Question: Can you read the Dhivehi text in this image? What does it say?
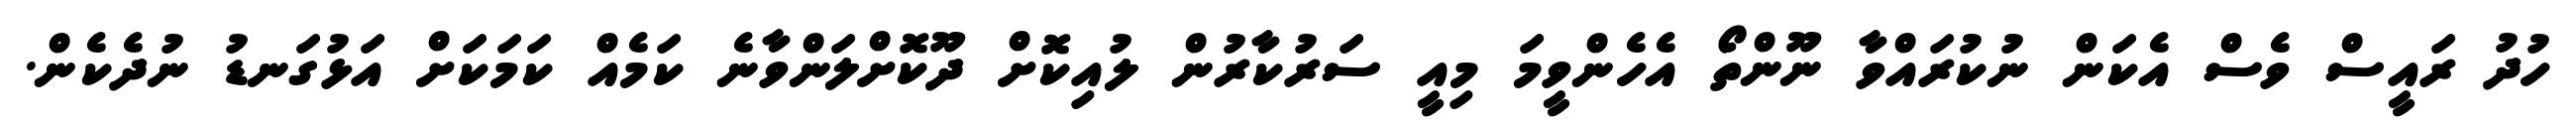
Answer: ހުދު ރައީސް ވެސް އެކަން ނުކުރައްވާ ނޫންތޯ އެހެންވީމަ މިއީ ސަރުކާރުން ލުއިކޮށް ދޫކޮށްލަންވާނެ ކަމެއް ކަމަކަށް އަޅުގަނޑު ނުދެކެން.